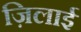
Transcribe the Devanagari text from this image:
ज़िलाई